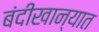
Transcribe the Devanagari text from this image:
बंदीखान्यात